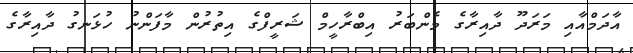
އާދަމްއާއި މަރަދޫ ދާއިރާގެ މެންބަރު އިބްރާހީމް ޝަރީފްގެ އިތުރުން މާފަންނު ހުޅަނގު ދާއިރާގެ